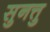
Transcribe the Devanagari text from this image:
सुनत्तु